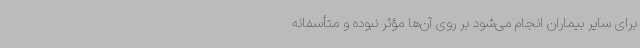
برای سایر بیماران انجام می‌شود بر روی آن‌ها مؤثر نبوده و متأسفانه